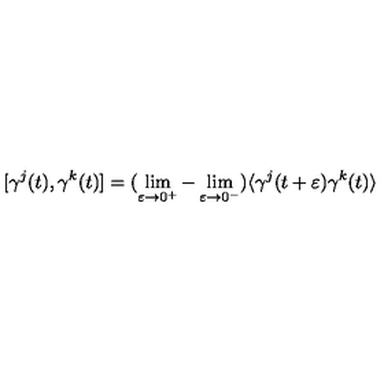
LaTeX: [ \gamma ^ { j } ( t ) , \gamma ^ { k } ( t ) ] = ( \lim _ { \varepsilon \to 0 ^ { + } } - \lim _ { \varepsilon \to 0 ^ { - } } ) \langle \gamma ^ { j } ( t + \varepsilon ) \gamma ^ { k } ( t ) \rangle